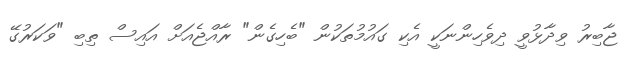
ޖާބިރު ވިދާޅުވީ ދިވެހިންނަކީ އެކި ގައުމުތަކުން "ބެހިގެން" ރާއްޖެއަށް އައިސް ތިބި "ވަކަރުގޭ